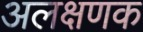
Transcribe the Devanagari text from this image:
अलक्षणक